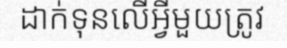
ដាក់ទុនលើអ្វីមួយត្រូវ